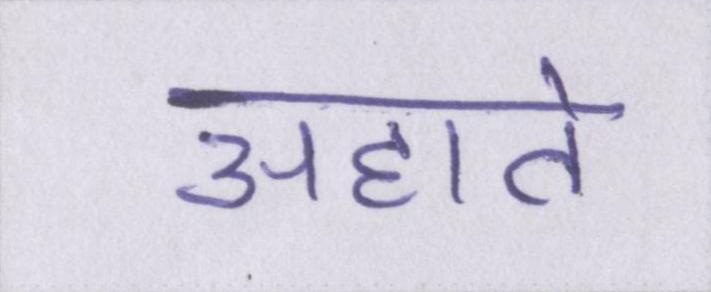
अहाते